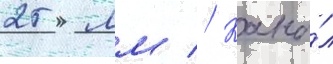
25 мм // Кана́л